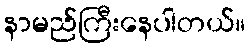
နာမည်ကြီးနေပါတယ်။